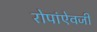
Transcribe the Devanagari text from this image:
रोपांएेवजी